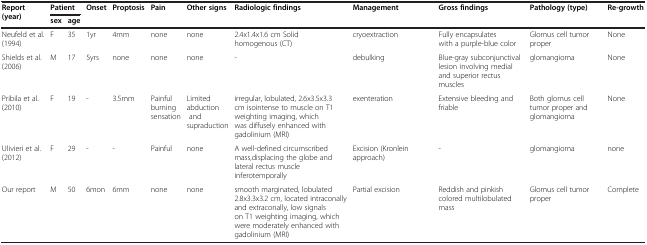
<table><thead><tr><td rowspan="2"><b>Report (year)</b></td><td colspan="2"><b>Patient</b></td><td rowspan="2"><b>Onset</b></td><td rowspan="2"><b>Proptosis</b></td><td rowspan="2"><b>Pain</b></td><td rowspan="2"><b>Other signs</b></td><td rowspan="2"><b>Radiologic findings</b></td><td rowspan="2"><b>Management</b></td><td rowspan="2"><b>Gross findings</b></td><td rowspan="2"><b>Pathology (type)</b></td><td rowspan="2"><b>Re-growth</b></td></tr><tr><td><b>sex</b></td><td><b>age</b></td></tr></thead><tbody><tr><td>Neufeld et al. (1994)</td><td>F</td><td>35</td><td>1yr</td><td>4mm</td><td>none</td><td>none</td><td>2.4x1.4x1.6 cm Solid homogenous (CT)</td><td>cryoextraction</td><td>Fully encapsulates with a purple-blue color</td><td>Glomus cell tumor proper</td><td>None</td></tr><tr><td>Shields et al. (2006)</td><td>M</td><td>17</td><td>5yrs</td><td>none</td><td>none</td><td>none</td><td>-</td><td>debulking</td><td>Blue-gray subconjunctival lesion involving medial and superior rectus muscles</td><td>glomangioma</td><td>None</td></tr><tr><td>Pribila et al. (2010)</td><td>F</td><td>19</td><td>-</td><td>3.5mm</td><td>Painful burning sensation</td><td>Limited abductionand supraduction</td><td>irregular, lobulated, 2.6x3.5x3.3 cm isointense to muscle on T1 weighting imaging, which was diffusely enhanced with gadolinium (MRI)</td><td>exenteration</td><td>Extensive bleeding and friable</td><td>Both glomus cell tumor proper and glomangioma</td><td>None</td></tr><tr><td>Ulivieri et al.(2012)</td><td>F</td><td>29</td><td>-</td><td>-</td><td>Painful</td><td>none</td><td>A well-defined circumscribed mass,displacing the globe and lateral rectus muscle inferotemporally</td><td>Excision (Kronlein approach)</td><td>-</td><td>glomangioma</td><td>none</td></tr><tr><td>Our report</td><td>M</td><td>50</td><td>6mon</td><td>6mm</td><td>none</td><td>none</td><td>smooth marginated, lobulated 2.8x3.3x3.2 cm, located intraconally and extraconally, low signals on T1 weighting imaging, which were moderately enhanced with gadolinium (MRI)</td><td>Partial excision</td><td>Reddish and pinkish colored multilobulated mass</td><td>Glomus cell tumor proper</td><td>Complete</td></tr></tbody></table>